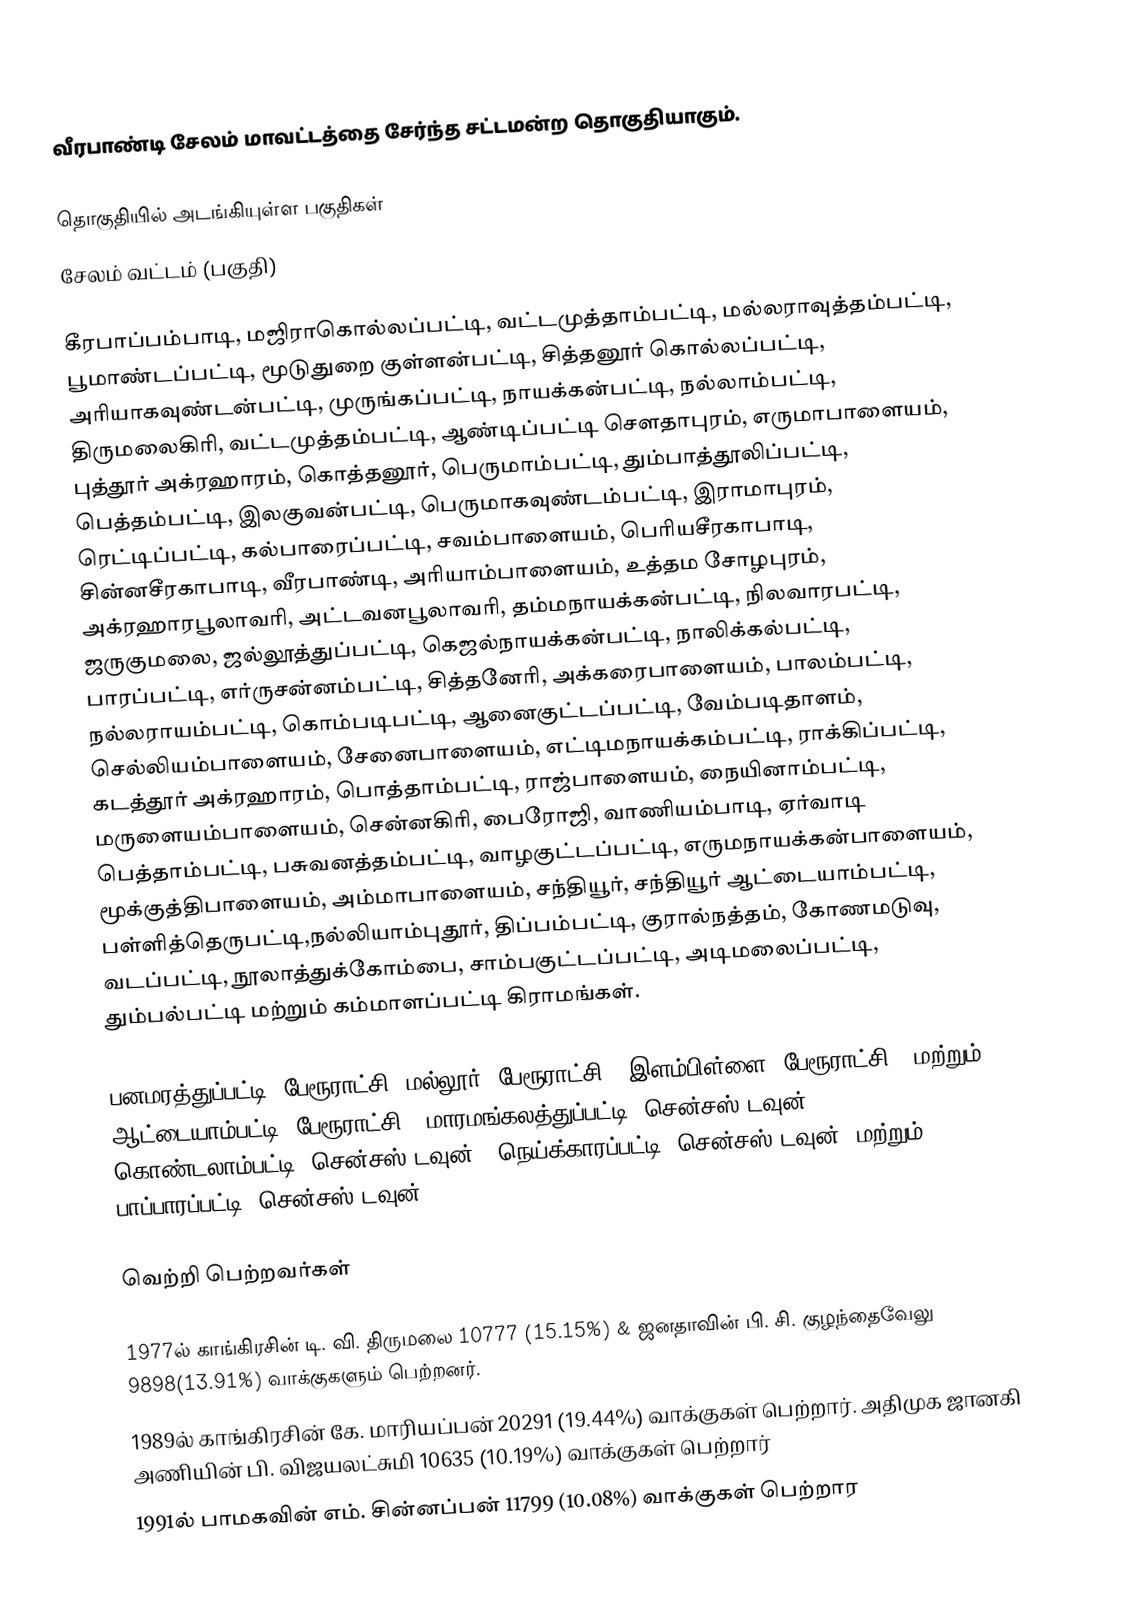
வீரபாண்டி சேலம் மாவட்டத்தை சேர்ந்த சட்டமன்ற தொகுதியாகும்.

தொகுதியில் அடங்கியுள்ள பகுதிகள்
 சேலம் வட்டம் (பகுதி)

கீரபாப்பம்பாடி, மஜிராகொல்லப்பட்டி, வட்டமுத்தாம்பட்டி, மல்லராவுத்தம்பட்டி, பூமாண்டப்பட்டி, மூடுதுறை குள்ளன்பட்டி, சித்தனூர் கொல்லப்பட்டி, அரியாகவுண்டன்பட்டி, முருங்கப்பட்டி, நாயக்கன்பட்டி, நல்லாம்பட்டி, திருமலைகிரி, வட்டமுத்தம்பட்டி, ஆண்டிப்பட்டி சௌதாபுரம், எருமாபாளையம், புத்தூர் அக்ரஹாரம், கொத்தனூர், பெருமாம்பட்டி, தும்பாத்தூலிப்பட்டி, பெத்தம்பட்டி, இலகுவன்பட்டி, பெருமாகவுண்டம்பட்டி, இராமாபுரம், ரெட்டிப்பட்டி, கல்பாரைப்பட்டி, சவம்பாளையம், பெரியசீரகாபாடி, சின்னசீரகாபாடி, வீரபாண்டி, அரியாம்பாளையம், உத்தம சோழபுரம், அக்ரஹாரபூலாவரி, அட்டவனபூலாவரி, தம்மநாயக்கன்பட்டி, நிலவாரபட்டி, ஜருகுமலை, ஜல்லூத்துப்பட்டி, கெஜல்நாயக்கன்பட்டி, நாலிக்கல்பட்டி, பாரப்பட்டி, எர்ருசன்னம்பட்டி, சித்தனேரி, அக்கரைபாளையம், பாலம்பட்டி, நல்லராயம்பட்டி, கொம்படிபட்டி, ஆனைகுட்டப்பட்டி, வேம்படிதாளம், செல்லியம்பாளையம், சேனைபாளையம், எட்டிமநாயக்கம்பட்டி, ராக்கிப்பட்டி, கடத்தூர் அக்ரஹாரம், பொத்தாம்பட்டி, ராஜ்பாளையம், நையினாம்பட்டி, மருளையம்பாளையம், சென்னகிரி, பைரோஜி, வாணியம்பாடி, ஏர்வாடி பெத்தாம்பட்டி, பசுவனத்தம்பட்டி, வாழகுட்டப்பட்டி, எருமநாயக்கன்பாளையம், மூக்குத்திபாளையம், அம்மாபாளையம், சந்தியூர், சந்தியூர் ஆட்டையாம்பட்டி, பள்ளித்தெருபட்டி,நல்லியாம்புதூர், திப்பம்பட்டி, குரால்நத்தம், கோணமடுவு, வடப்பட்டி, நூலாத்துக்கோம்பை, சாம்பகுட்டப்பட்டி, அடிமலைப்பட்டி, தும்பல்பட்டி மற்றும் கம்மாளப்பட்டி கிராமங்கள்.

 பனமரத்துப்பட்டி (பேரூராட்சி),மல்லூர் (பேரூராட்சி), இளம்பிள்ளை (பேரூராட்சி), மற்றும் ஆட்டையாம்பட்டி (பேரூராட்சி), மாரமங்கலத்துப்பட்டி (சென்சஸ் டவுன்), கொண்டலாம்பட்டி (சென்சஸ் டவுன்), நெய்க்காரப்பட்டி (சென்சஸ் டவுன்) மற்றும் பாப்பாரப்பட்டி (சென்சஸ் டவுன்).

வெற்றி பெற்றவர்கள்

1977ல் காங்கிரசின் டி. வி. திருமலை 10777 (15.15%) & ஜனதாவின் பி. சி. குழந்தைவேலு  9898(13.91%) வாக்குகளும் பெற்றனர்.
1989ல் காங்கிரசின் கே. மாரியப்பன் 20291 (19.44%) வாக்குகள் பெற்றார். அதிமுக ஜானகி அணியின் பி. விஜயலட்சுமி 10635  (10.19%) வாக்குகள் பெற்றார்
1991ல் பாமகவின் எம். சின்னப்பன் 11799 (10.08%) வாக்குகள் பெற்றார